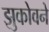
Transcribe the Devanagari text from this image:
झुकोवने